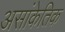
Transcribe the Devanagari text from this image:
असांकेतिक